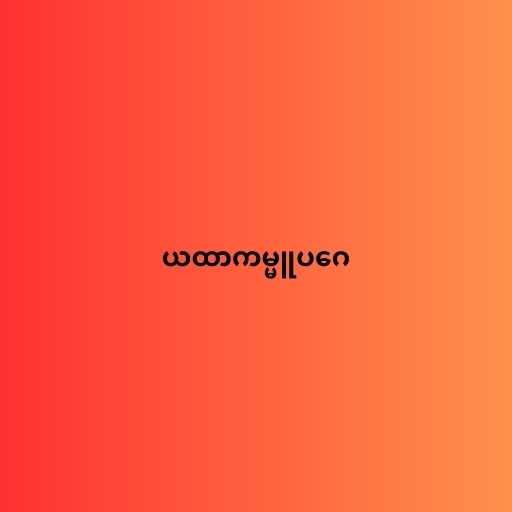
ယထာကမ္မူပဂေ